system: You are a helpful assistant.
user:
Analyze the provided spectrum to determine if it is a **M-type Giant (gM)**.

A M-type Giant spectrum is defined by its **strong molecular absorption** features, particularly from **Titanium Oxide (TiO)**. You must check for one of the following mutually exclusive signatures:

- **Key Visual Indicators (Absorption-Dominated Spectrum):**

    - **(Primary):** The spectrum is dominated by strong molecular absorption from **Titanium Oxide (TiO)**. This is the **defining feature** of its M-type temperature class.
        - **(Key Bandheads):** Look for sharp, "saw-tooth" absorption valleys. The strongest are located near **~7050 Å**, **~6160 Å**, and **~5170 Å**.
        - **(Line Profile):** The "saw-tooth" morphology is critical: a **sharp, steep drop on the BLUE (short-wavelength) side** of the bandhead, followed by a gradual recovery (rising flux) towards the RED (long-wavelength) side.

    - **(Key Confirmation - Giant vs. Dwarf):** **ABSENCE** of strong **Calcium Hydride (CaH)** molecular bands. This is the primary diagnostic for *excluding* M-dwarfs.
        - **(Key Region):** The spectrum should lack the strong, broad absorption band seen in dwarfs between **~6800 Å and ~7000 Å**.

    - **(Secondary Confirmation - Giant):** A very strong and broad **Neutral Calcium (Ca I)** atomic absorption line.
        - **(Key Line):** Located at **~4226 Å**. In a giant (gM), this line is significantly deeper and broader than the same line in an M-dwarf (dM) due to low surface gravity.

    - **(Overall Spectrum):**
        - The continuum is **extremely red-sloping** (i.e., flux is very low in the blue and rises dramatically towards the red).
        - The entire spectrum appears "chopped up" by the deep TiO bands.

Think first, call **spectral_visualization_tool** if needed to examine features in detail, then provide your final answer. Your response must adhere to the following strict rules:
1.  **Overall Structure:** Your response must follow the format `<think>...</think> <tool_call>...</tool_call> (if a tool is used) <answer>...</answer>`.
2.  **Tool Usage Constraint:** You may only make **one** tool call per turn.
3.  **Final Answer Format:** In the `<answer>` tag, your conclusion must be inside a `\boxed{}` command (e.g., `\boxed{YES}` or `\boxed{NO}`), followed by your justification.

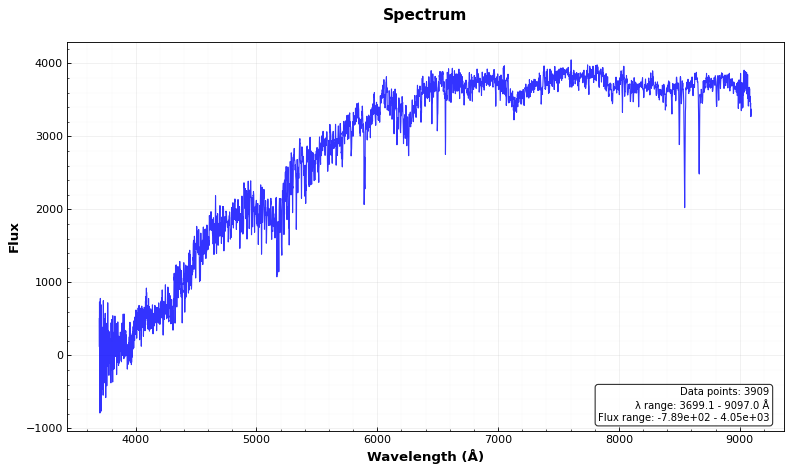
Answer: NO